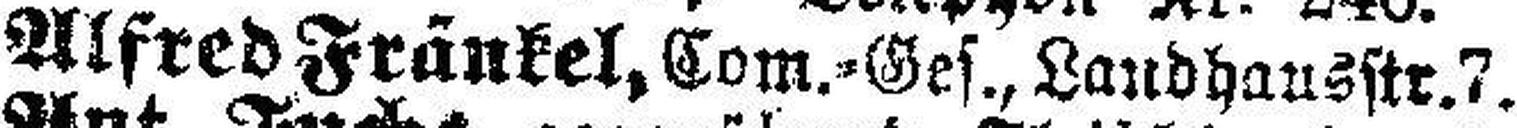
Alfred Fränkel, Com.=Ges., Landhausstr.7.